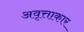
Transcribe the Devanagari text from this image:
अवृत्ताकार